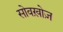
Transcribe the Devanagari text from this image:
सोवख़ोज़